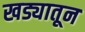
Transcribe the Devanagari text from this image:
खड्यातून